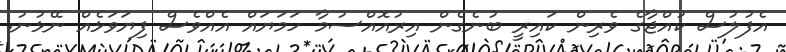
އެފުލުސް ކުއްޖާގެ ވެރިން ކައިރީ ބުނެގެން އިރުއޮއްސުމާ ހަމަޔައް އެއްވެސް ފިޔަވަޅެއް ނޭޅުނު.